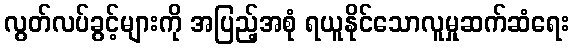
လွတ်လပ်ခွင့်များကို အပြည့်အစုံ ရယူနိုင်သောလူမှုဆက်ဆံရေး